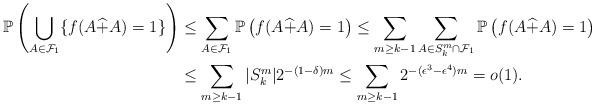
LaTeX: \begin{align*}\mathbb{P}\left(\bigcup_{A\in\mathcal{F}_1}\{f(A\widehat{+}A)=1\}\right)&\leq \sum_{A\in\mathcal{F}_1}\mathbb{P}\left(f(A\widehat{+}A)=1\right)\leq \sum_{m\geq k-1}\sum_{A\in S_k^m\cap \mathcal{F}_1}\mathbb{P}\left(f(A\widehat{+}A)=1\right)\\&\leq \sum_{m\geq k-1}|S_k^m|2^{-(1-\delta)m} \leq \sum_{m\geq k-1}2^{-(\epsilon^3-\epsilon^4)m}=o(1).\end{align*}